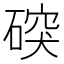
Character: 䃐